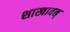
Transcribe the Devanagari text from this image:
शाखावत्